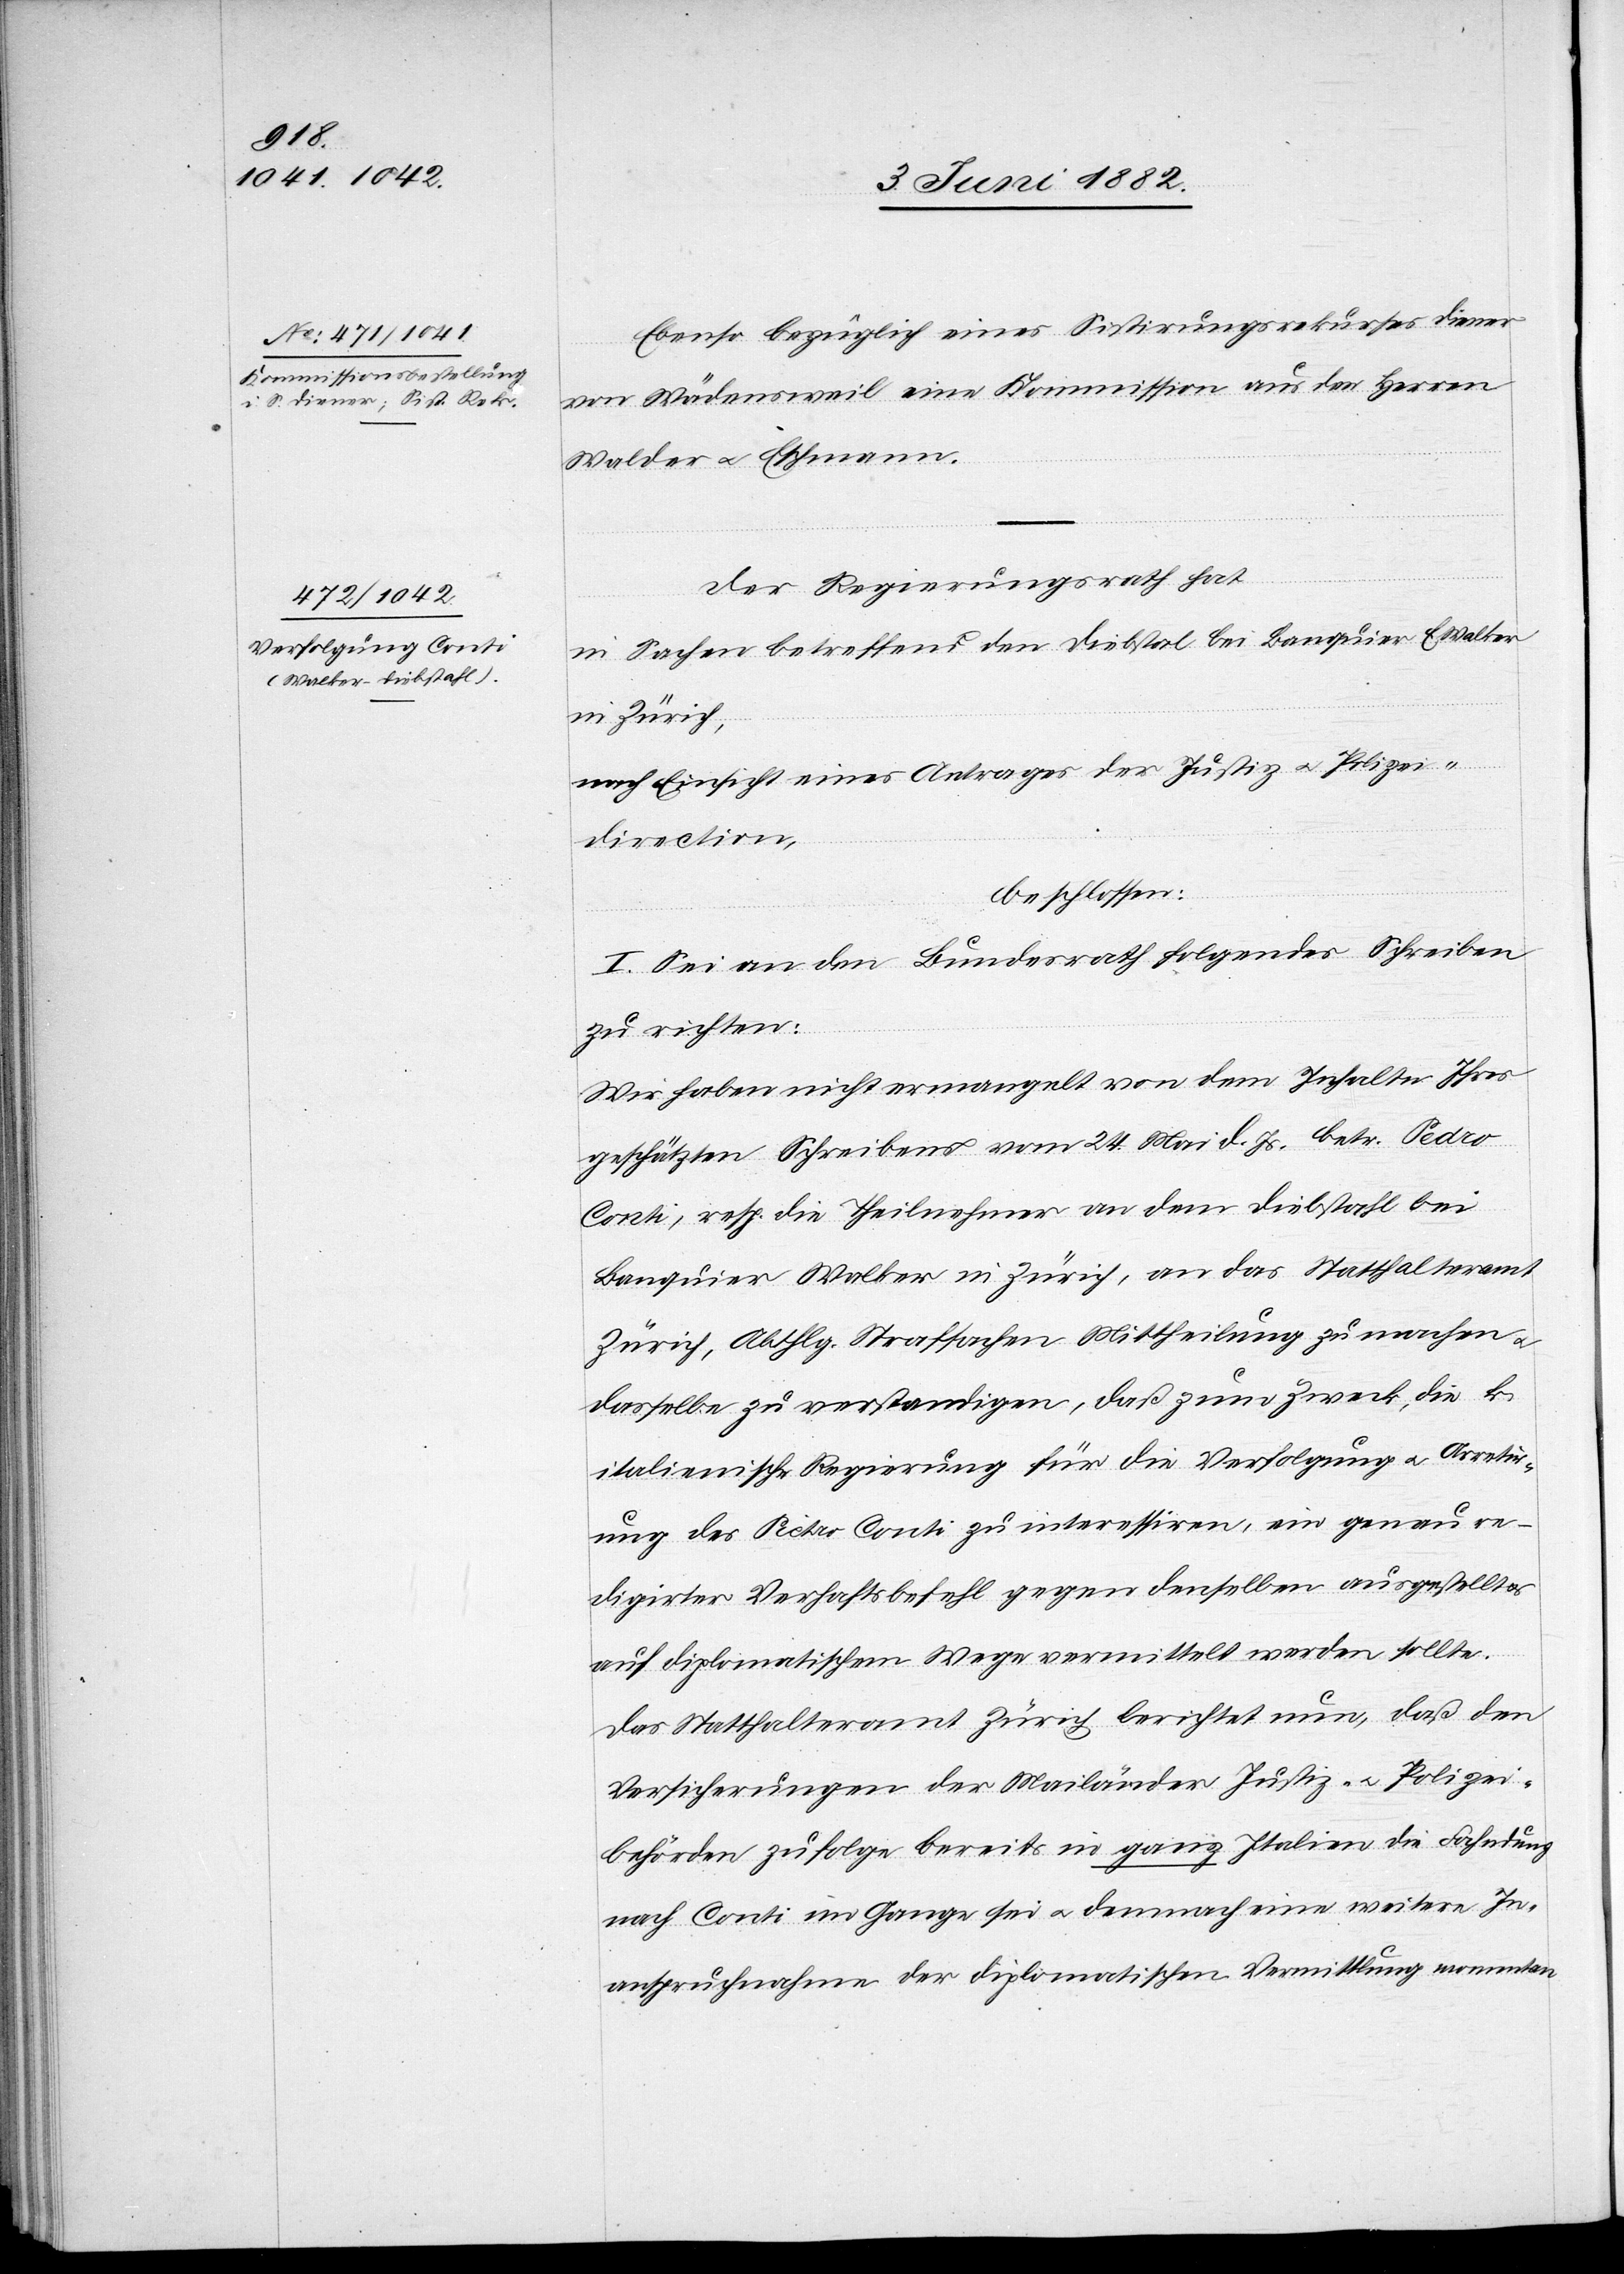
Ebenso bezüglich eines Sistirungsrekurses Diener
von Wädensweil eine Kommission aus den Herren
Walter u. Eschmann.
Der Regierungsrath hat,
in Sachen betreffend den Diebstal bei Banquier E. Walker
in Zürich,
nach Einsicht eines Antrages der Justiz- u Polizei¬
direction,
beschlossen:
I. Sei an den Bundesrath folgendes Schreiben
zu richten:
„Wir haben nicht ermangelt von dem Inhalte Ihres
geschätzten Schreibens vom 24. Mai d. Js. betr. Pedro
Conti, resp. die Theilnehmer an dem Diebstahl bei
Banquier Walker in Zürich, an das Statthalteramt
Zürich, Abtheilung Strafsachen Mittheilung zu machen u.
dasselbe zu verständigen, daß zum Zweck, die k.
italienische Regierung für die Verfolgung u. Arretir¬
ung des Pietro [sic!] Conti zu interessiren, ein genau re¬
digirter Verhaftsbefehl gegen denselben ausgestellt u.
auf diplomatischem Wege vermittelt werden sollte.
Das Statthalteramt Zürich berichtet nun, daß den
Versicherungen der Mailänder Justiz- u. Polizei¬
behörden zufolge bereits in ganz Italien die Fahndung
nach Conti im Gange sei u. demnach eine weitere In¬
anspruchnahme der diplomatischen Vermittlung momentan